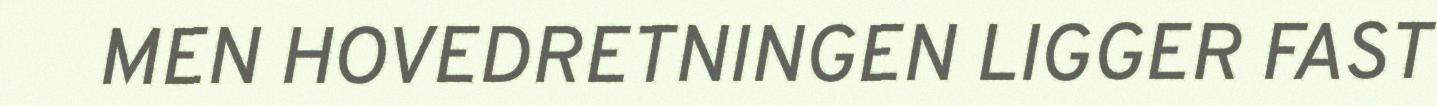
MEN HOVEDRETNINGEN LIGGER FAST